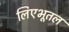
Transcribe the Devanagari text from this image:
लिएभूतल